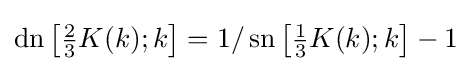
\operatorname {dn} \left[{\tfrac {2}{3}}K(k);k\right]=1/\operatorname {sn} \left[{\tfrac {1}{3}}K(k);k\right]-1